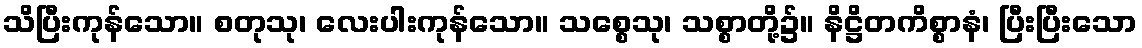
သိပြီးကုန်သော။ စတုသု၊ လေးပါးကုန်သော။ သစ္စေသု၊ သစ္စာတို့၌။ နိဋ္ဌိတကိစ္စာနံ၊ ပြီးပြီးသော